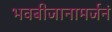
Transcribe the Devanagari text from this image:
भवबीजानामर्जनं